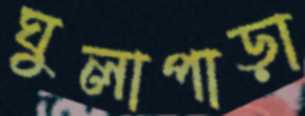
ঘুলাপাড়া